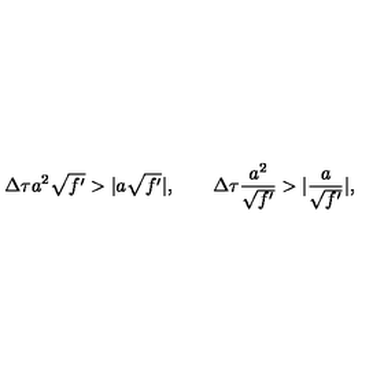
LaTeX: \Delta \tau a ^ { 2 } \sqrt { f ^ { \prime } } > \vert a \sqrt { f ^ { \prime } } \vert , \qquad \Delta \tau \frac { a ^ { 2 } } { \sqrt { f ^ { \prime } } } > \vert \frac a { \sqrt { f ^ { \prime } } } \vert ,